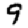
Digit: 9